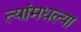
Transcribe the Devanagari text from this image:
त्यांमधल्या